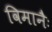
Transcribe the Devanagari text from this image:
विमानैः